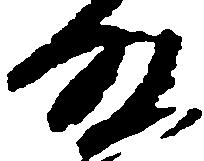
殿